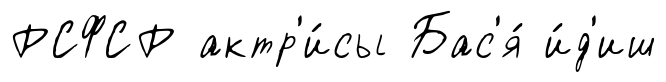
РСФСР актр'и́сы Бас'я́ и́д'иш